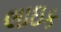
લાઇક